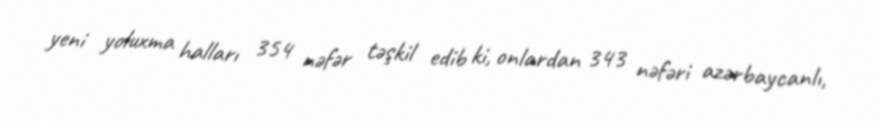
yeni yoluxma halları 354 nəfər təşkil edib ki, onlardan 343 nəfəri azərbaycanlı,